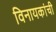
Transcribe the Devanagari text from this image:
विनायकांची